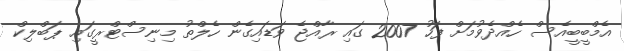
އެމްބީބީއެސް ހެއްދެވުމަށް ފަހު 2007 ގައި ރާއްޖެ ވަޑައިގެން ހެލްތު މިނިސްޓްރީގައި ޕަބްލިކް